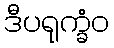
ဒီပရုက္ခံဝ